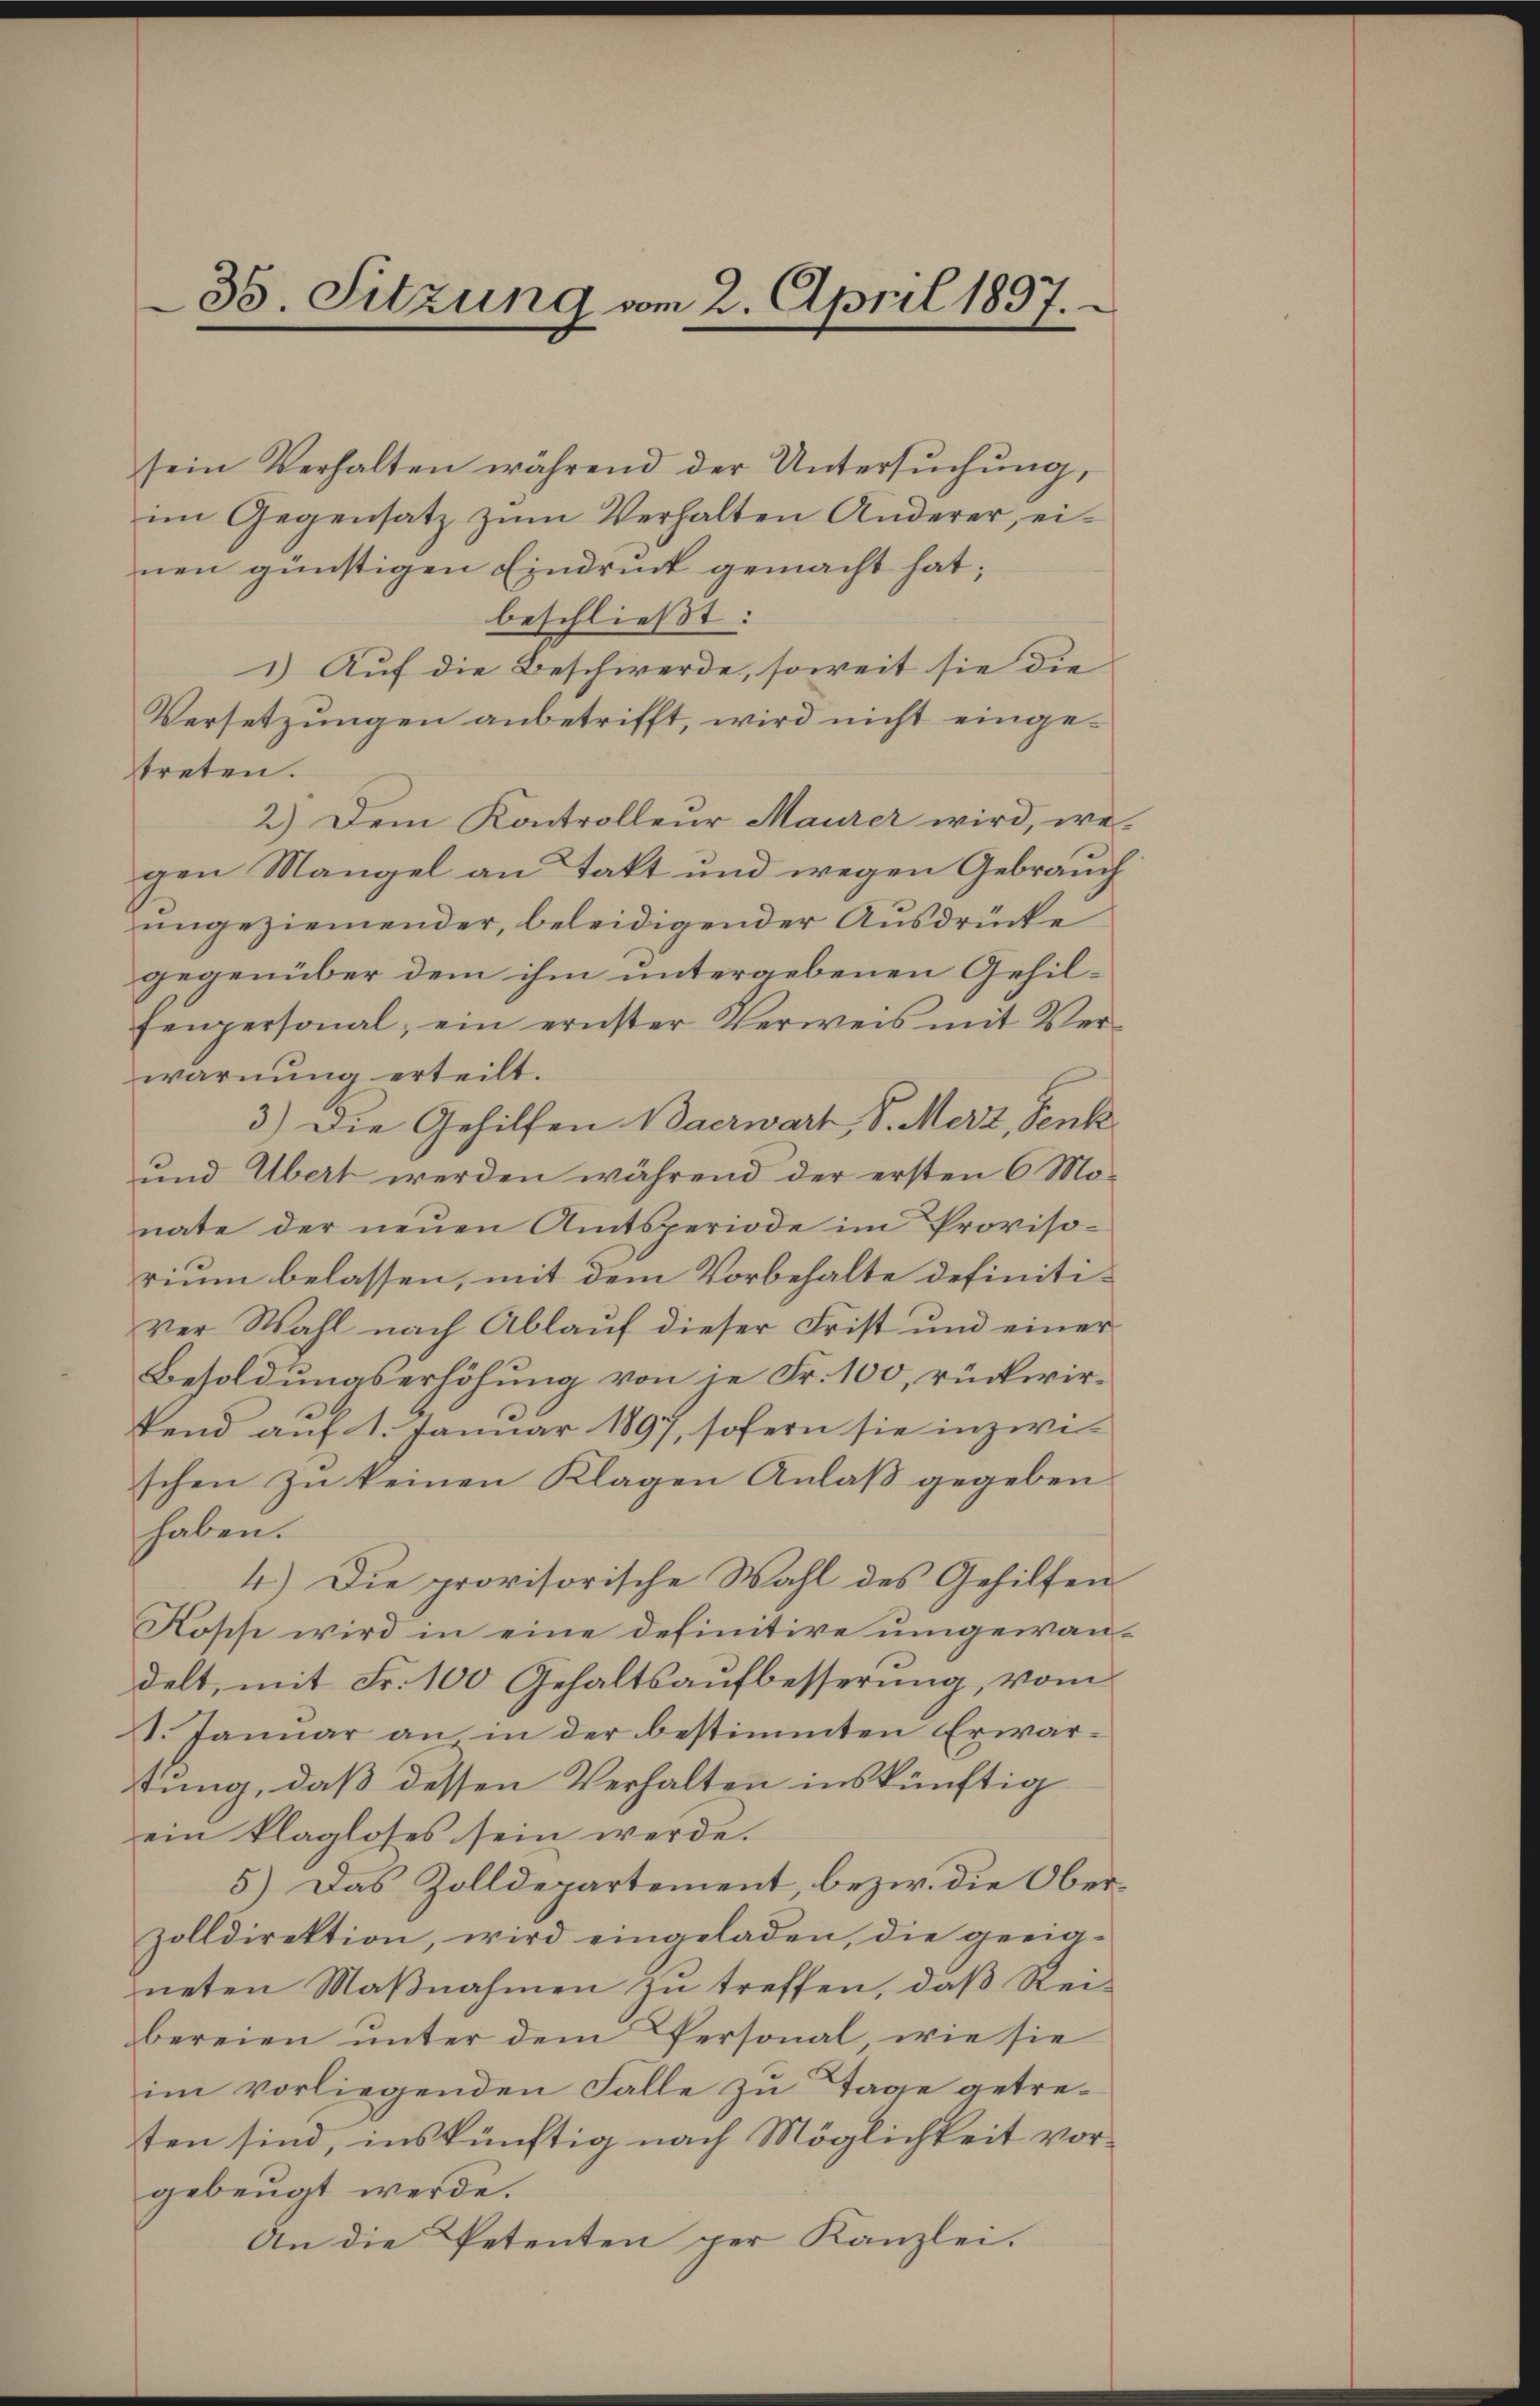
35. Sitzung vom 2. April 1897.

sein Verhalten während der Untersŭchŭng,
im Gegensatz zum Verhalten Anderer, einen günstigen Eindruck gemacht hat;
beschließt:
1) Auf die Beschwerde, soweit sie die
Versetzungen anbetrifft, wird nicht eingetreten.
2.) Dem Kontrolleur Maurer wird, wegen Mangel an Takt und wegen Gebrauch
ungeziemender, beleidigender Ausdrücke
gegenüber dem ihm untergebenen Gehilfenpersonal, ein ernster Verweis mit Verwarnung erteilt.
3.) Die Gehilfen Baerwart, S. Merz, Senk
und Übert werden während der ersten 6 Mo-
nate der neŭen Amtsperiode im Proviso-
rium belassen, mit dem Vorbehalte definitiver Wahl nach Ablauf dieser Frist und einer
Besoldungserhöhung von je Fr. 100, rückwirfend auf 1. Januar 1897, sofern sie inzwis
schen zu keinen Klagen Anlaß gegeben
haben.
4.) Die provisorische Wahl des Gehilfen
Kosch wird in eine definitive umgewandelt, mit Fr. 100 Gehaltsaufbesserung, vom
V. Januar an in der bestimmten Erwartung, daß dessen Verhalten inskünftig
ein klagloses sein werde.
5) Das Zolldepartement, bezw. die Oberzolldirektion, wird eingeladen, die geeig-
neten Maβnahmen zŭ treffen, daβ Rei
bereien unter dem Personal, wie sie
im vorliegenden Falle zu Tage getresten sind, inskünftig nach Möglichkeit vorgebeugt werde.
An die Petenten per Kanzlei.